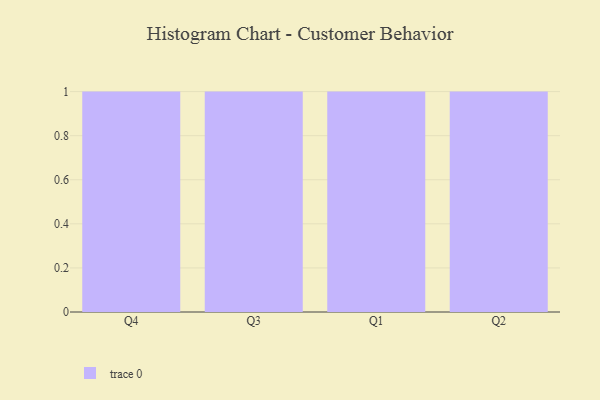
{"axis": {"x": "Quarter", "y": "Revenue (USD Million)"}, "legend": [""], "data": [{"x": "Q4", "y": 22, "type": ""}, {"x": "Q3", "y": 70, "type": ""}, {"x": "Q1", "y": 31, "type": ""}, {"x": "Q2", "y": 24, "type": ""}]}